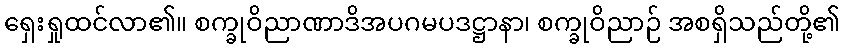
ရှေးရှုထင်လာ၏။ စက္ခုဝိညာဏာဒိအပဂမပဒဋ္ဌာနာ၊ စက္ခုဝိညာဉ် အစရှိသည်တို့၏